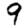
Digit: 9